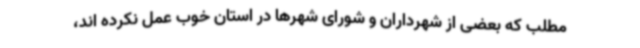
مطلب که بعضی از شهرداران و شورای شهرها در استان خوب عمل نکرده اند،